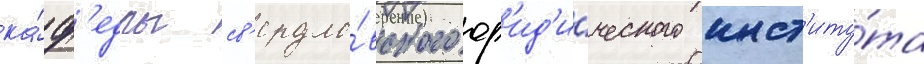
ка́ф'едры св'ердло́вского юр'ид'и́ческого инст'иту́та